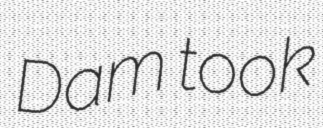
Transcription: Dam took